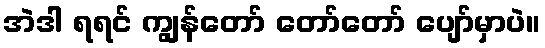
အဲဒါ ရရင် ကျွန်တော် တော်တော် ပျော်မှာပဲ။